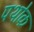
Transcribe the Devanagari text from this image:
पथोक